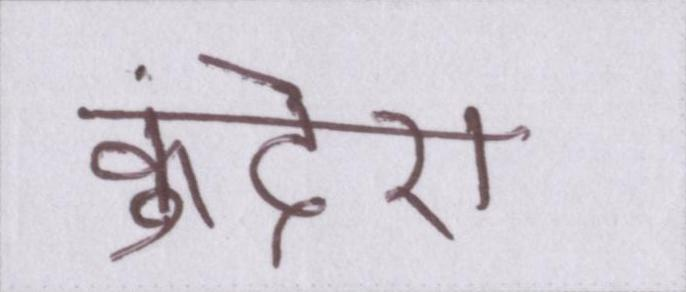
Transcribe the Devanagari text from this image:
कुंदेरा